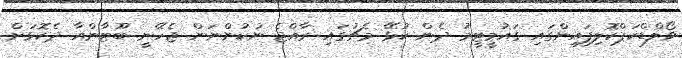
ވޯލްޑްކަޕްކޮލިފައިންގައި ގައުމީޓީމު ދެން ކުޅޭ މެޗުގައި ރާއްޖެ ނުކުންނަން ޖެހޭނީ ބޫޓާންއާ ދެކޮޅަށް